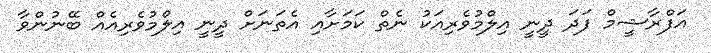
އަފްރާޝީމް ފަދަ ދީނީ އިލްމުވެރިއަކު ނެތް ކަމަށާއި އެތަނަށް ދީނީ އިލްމުވެރިއެއް ބޭނުންވާ